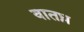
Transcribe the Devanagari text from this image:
वातध्न